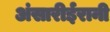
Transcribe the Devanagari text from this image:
अंसारीईरानी